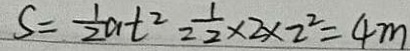
S = \frac { 1 } { 2 } a t ^ { 2 } = \frac { 1 } { 2 } \times 2 \times 2 ^ { 2 } = 4 m